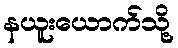
နယူးယောက်သို့